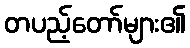
တပည့်တော်များ၏